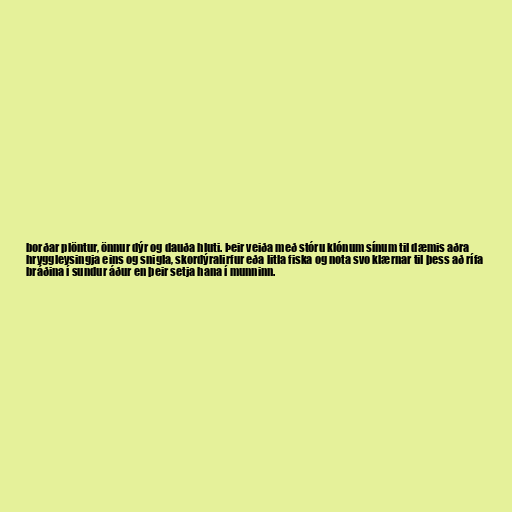
borðar plöntur, önnur dýr og dauða hluti. Þeir veiða með stóru klónum sínum til dæmis aðra
hryggleysingja eins og snigla, skordýralirfur eða litla fiska og nota svo klærnar til þess að rífa
bráðina í sundur áður en þeir setja hana í munninn.